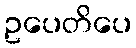
ဥပေတိပေ